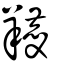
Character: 羻